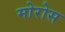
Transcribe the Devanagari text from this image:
मोरोस